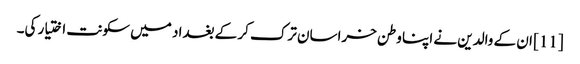
[11] ان کے والدین نے اپنا وطن خراسان ترک کر کے بغداد میں سکونت اختیار کی۔